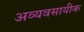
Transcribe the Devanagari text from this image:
अव्यवसायीक